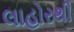
લાહોરથી